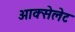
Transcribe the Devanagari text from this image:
आक्सेलेट